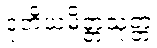
ဒုတိယမိတ္တသုတ္တံ